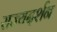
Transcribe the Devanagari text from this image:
राज्यदर्शन